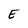
Character: E